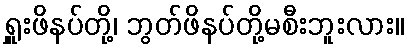
ရှူးဖိနပ်တို့၊ ဘွတ်ဖိနပ်တို့မစီးဘူးလား။